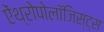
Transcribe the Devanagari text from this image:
ऐंथ्रोपोलॉजिस्ट्स